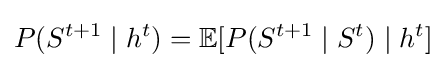
P(S^{t+1}\mid h^{t})=\mathbb {E} [P(S^{t+1}\mid S^{t})\mid h^{t}]